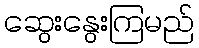
ဆွေးနွေးကြမည်